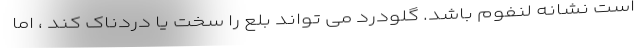
است نشانه لنفوم باشد. گلودرد می تواند بلع را سخت یا دردناک کند ، اما